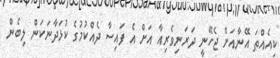
ކިއެއްތަ އޭނާއަށް ޖެހޭނީ ދަރަނިވެރިއާ އަށް އެ ފައިސާ ދެއްކުމުގެ ކުޅަދާނަކަން ލިބެން